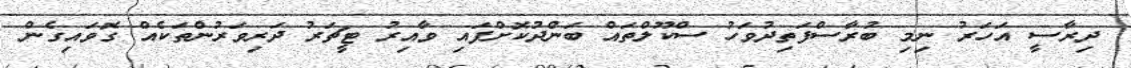
ދިރާސީ އަހަރު ނިމި ބުރާސްފަތިދުވަހު ސްކޫލްތައް ބަންދުކޮށްފައި ވާއިރު ޓީޗަރު ދަރިވަރުންތަކެއް ގޮވައިގެން